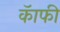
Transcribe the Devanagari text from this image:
कॅाफी